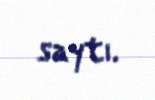
saytı.